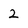
Character: 2